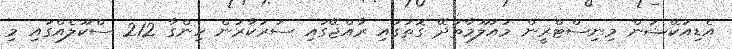
އެޑިއުކޭޝަން މިނިސްޓްރީން މައުލޫމާތުދޭ ގޮތުގައި ރާއްޖޭގައި ސަރުކާރުން ހިންގާ 212 ސްކޫލެއްގައި މި